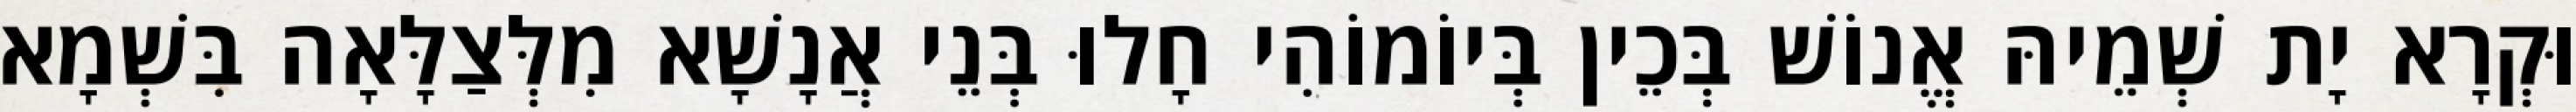
וּקְרָא יָת שְׁמֵיהּ אֱנוֹשׁ בְּכֵין בְּיוֹמוֹהִי חָלוּ בְּנֵי אֲנָשָׁא מִלְּצַלָּאָה בִּשְׁמָא